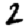
Digit: 2